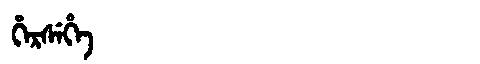
Manchu: ᡥᡝᡵᠰᡝᡥᡝ
Romanization: HERSEHE